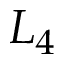
L _ { 4 }